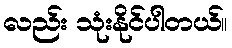
လည်း သုံးနိုင်ပါတယ်။